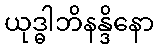
ယုဒ္ဓါဘိနန္ဒိနော